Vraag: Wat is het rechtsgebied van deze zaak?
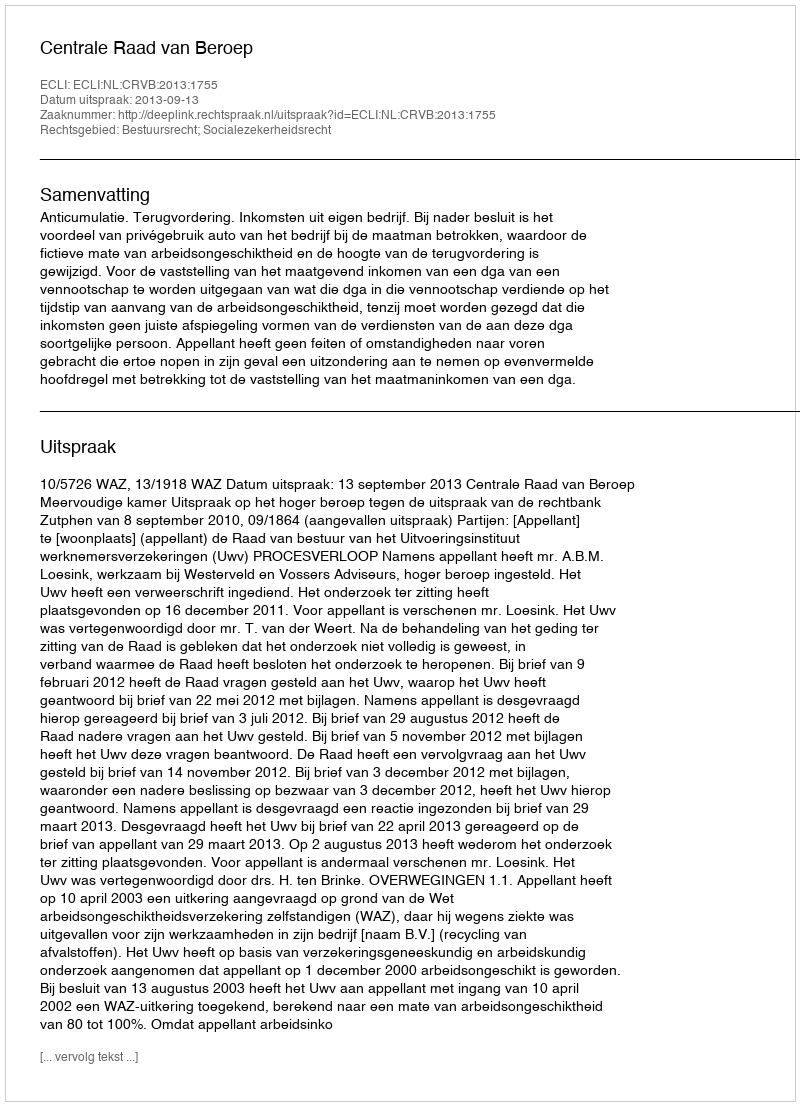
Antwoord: Bestuursrecht; Socialezekerheidsrecht